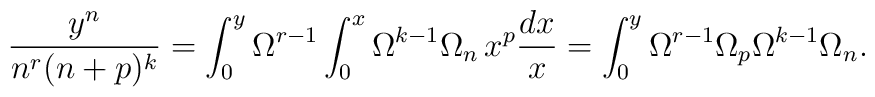
\frac{y^n}{n^r (n+p)^k}=\int_0^y \Omega^{r-1} \int_0^x \Omega^{k-1}\Omega_n\,x^p\frac{dx}{x}=\int_0^y \Omega^{r-1} \Omega_p\Omega^{k-1}\Omega_n.